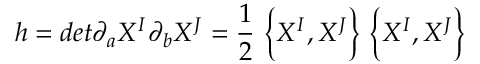
h = d e t \partial _ { a } X ^ { I } \partial _ { b } X ^ { J } = \frac { 1 } { 2 } ~ \biggl \{ X ^ { I } , X ^ { J } \biggr \} ~ \biggl \{ X ^ { I } , X ^ { J } \biggr \}